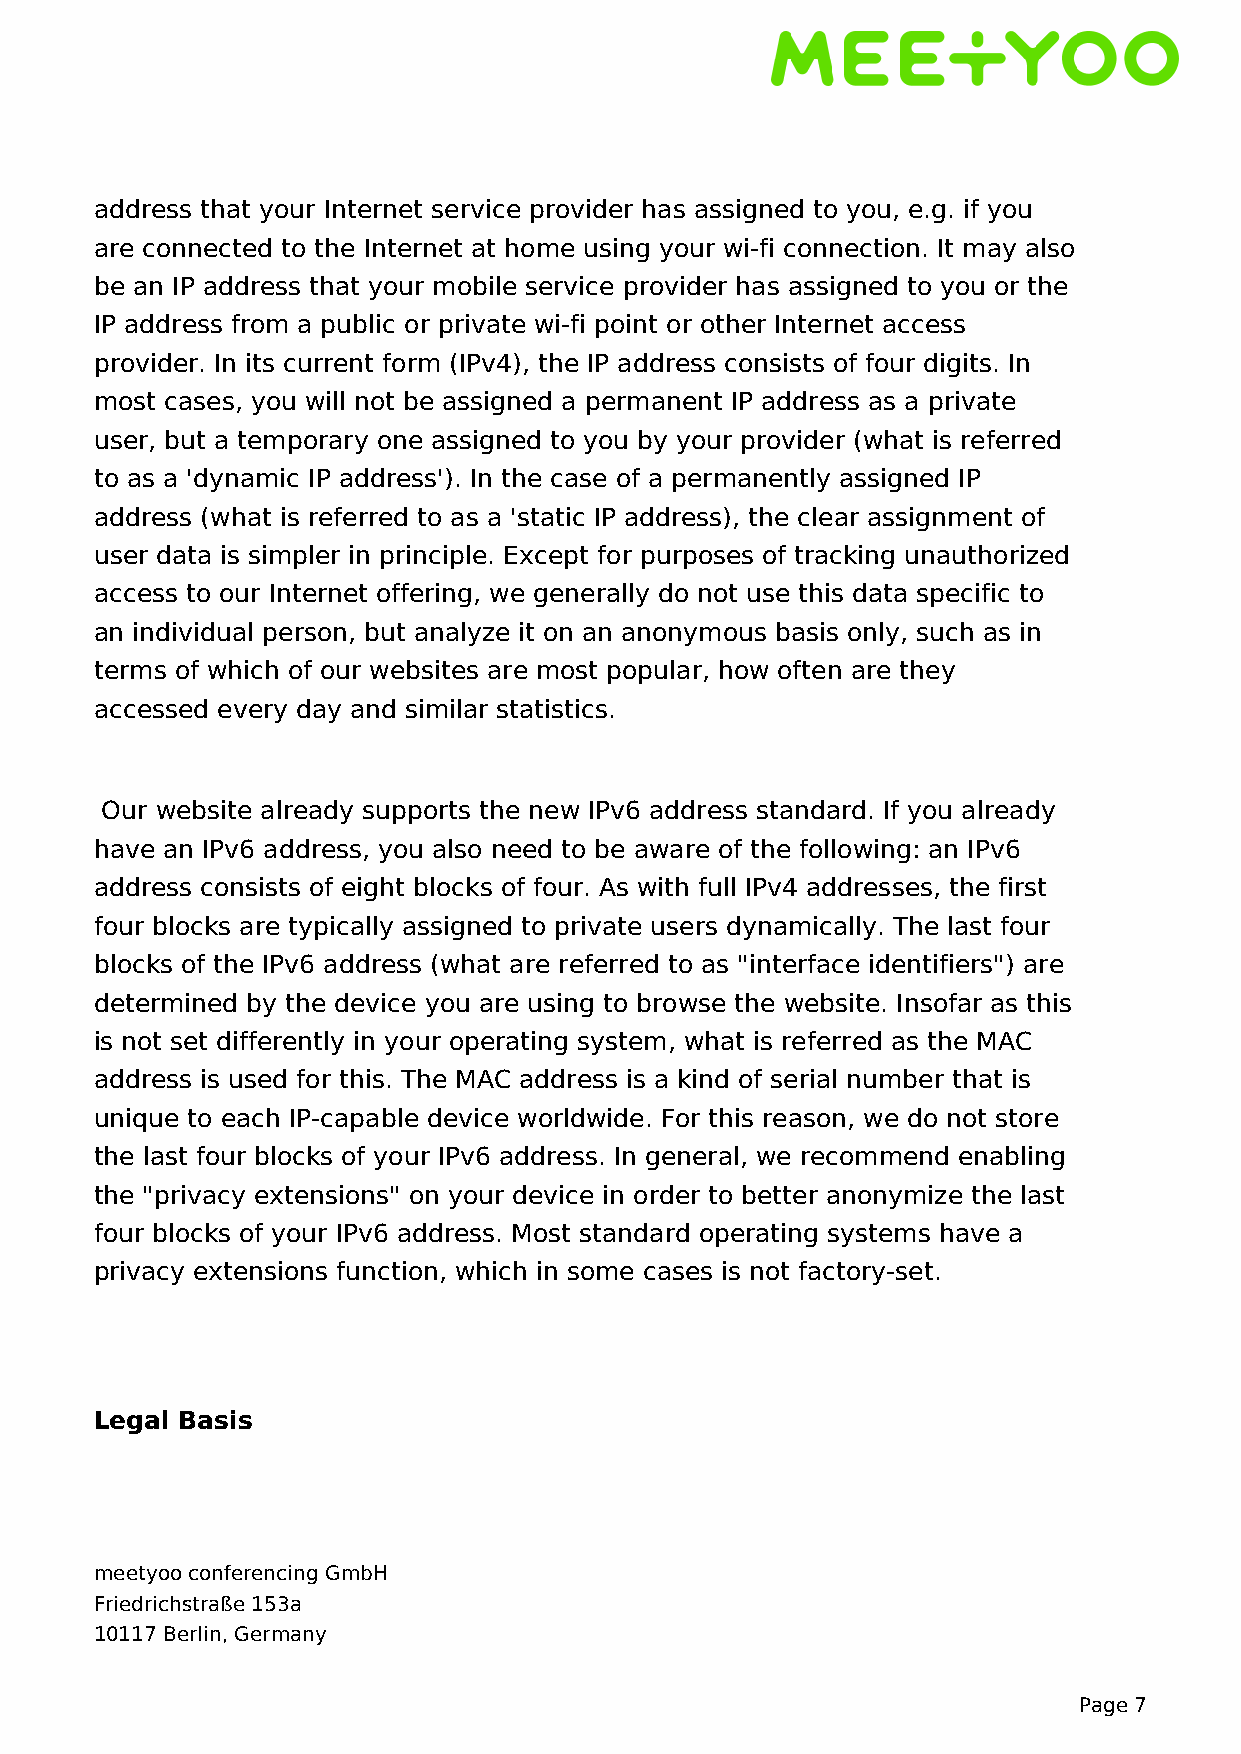
address that your Internet service provider has assigned to you, e.g. if you
 are connected to the Internet at home using your wi-fi connection. It may also
 be an IP address that your mobile service provider has assigned to you or the
 IP address from a public or private wi-fi point or other Internet access
 provider. In its current form (IPv4), the IP address consists of four digits. In
 most cases, you will not be assigned a permanent IP address as a private
 user, but a temporary one assigned to you by your provider (what is referred
 to as a 'dynamic IP address'). In the case of a permanently assigned IP
 address (what is referred to as a 'static IP address), the clear assignment of
 user data is simpler in principle. Except for purposes of tracking unauthorized
 access to our Internet offering, we generally do not use this data specific to
 an individual person, but analyze it on an anonymous basis only, such as in
 terms of which of our websites are most popular, how often are they
 accessed every day and similar statistics.
 Our website already supports the new IPv6 address standard. If you already
 have an IPv6 address, you also need to be aware of the following: an IPv6
 address consists of eight blocks of four. As with full IPv4 addresses, the first
 four blocks are typically assigned to private users dynamically. The last four
 blocks of the IPv6 address (what are referred to as "interface identifiers") are
 determined by the device you are using to browse the website. Insofar as this
 is not set differently in your operating system, what is referred as the MAC
 address is used for this. The MAC address is a kind of serial number that is
 unique to each IP-capable device worldwide. For this reason, we do not store
 the last four blocks of your IPv6 address. In general, we recommend enabling
 the "privacy extensions" on your device in order to better anonymize the last
 four blocks of your IPv6 address. Most standard operating systems have a
 privacy extensions function, which in some cases is not factory-set.
 Legal Basis
 meetyoo conferencing GmbH
 Friedrichstraße 153a
 10117 Berlin, Germany
 Page 7